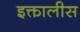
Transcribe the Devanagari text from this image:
इक्तालीस